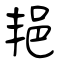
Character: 邫